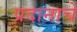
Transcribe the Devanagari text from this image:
प्रदानाचे